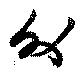
外